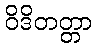
ဝိဒိတတ္တာ